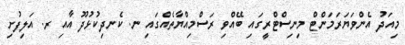
މިއަދު އެންވަޔަރަމަންޓް މިނިސްޓްރީގައި ބޭއްވި ރަސްމިއްޔާތެއްގައި ނ. ކެނދިކުޅުދޫ އާއި ރ. އަލިފުށި